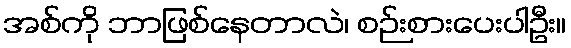
အစ်ကို ဘာဖြစ်နေတာလဲ၊ စဉ်းစားပေးပါဦး။